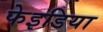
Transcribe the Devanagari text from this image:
फेइडिया